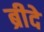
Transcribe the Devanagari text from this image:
ब्रीदे